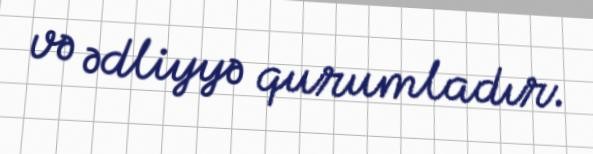
və ədliyyə qurumladır.